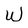
Character: W